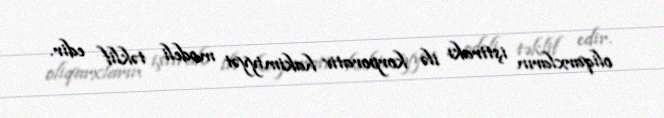
oliqarxların iştirakı ilə korporativ hakimiyyət modeli təklif edir.